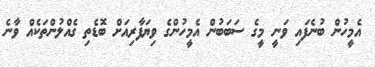
އެމީހުން ބުނެފައި ވަނީ މީގެ ސަބަބުން އެމީހުންގެ ވިޔަފާރިއަށް ބޮޑެތި ގެއްލުންތަކެއް ވާނެ